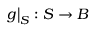
\left. g \right| _ { S } \colon S \to B